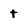
Character: t